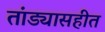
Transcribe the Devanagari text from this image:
तांड्यासहीत